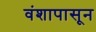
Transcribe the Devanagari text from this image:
वंशापासून